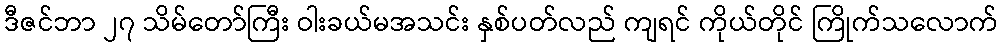
ဒီဇင်ဘာ ၂၇ သိမ်တော်ကြီး ဝါးခယ်မအသင်း နှစ်ပတ်လည် ကျရင် ကိုယ်တိုင် ကြိုက်သလောက်